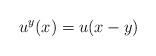
LaTeX: \begin{align*}u^y(x) = u(x-y)\end{align*}